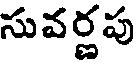
సువర్ణపు